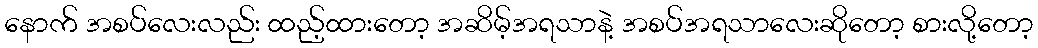
နောက် အစပ်လေးလည်း ထည့်ထားတော့ အဆိမ့်အရသာနဲ့ အစပ်အရသာလေးဆိုတော့ စားလို့တော့